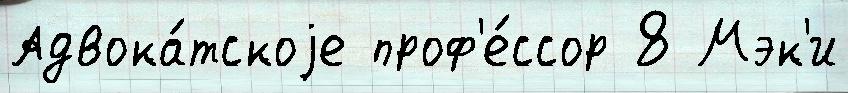
Адвока́тскоjе проф'е́ссор 8 Мэк'и